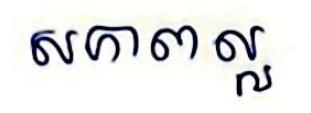
សភាពល្អ